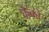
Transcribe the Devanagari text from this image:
केको